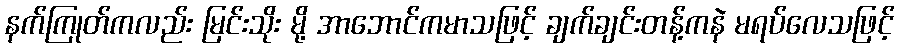
နက်ကြုတ်ကလည်း မြင်းသိုး မို့ အာဘောင်ကမာသဖြင့် ချက်ချင်းတန့်ကနဲ မရပ်လေသဖြင့်